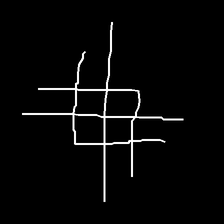
Glyph: crystal